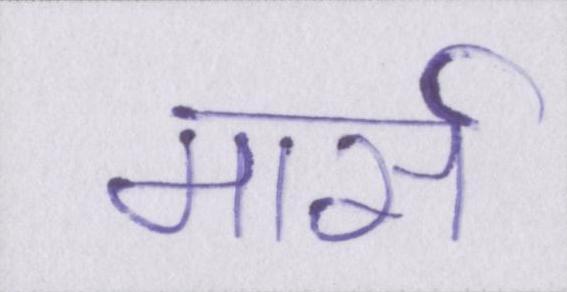
मार्स